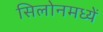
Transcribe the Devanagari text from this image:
सिलोनमध्यें